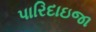
પારિદાઇજા